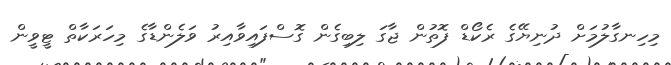
މިހިނގާލުމަށް ދުނިޔޭގެ ރެކޯޑް ފޮތުން ޖާގަ ލިބިގެން ގޮސްފައިވާއިރު ވަލެންޑާގެ މިހަރަކާތް ޓީވީން